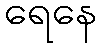
ရေနေ